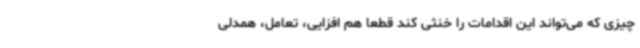
چیزی که می‌تواند این اقدامات را خنثی کند قطعا هم افزایی، تعامل، همدلی